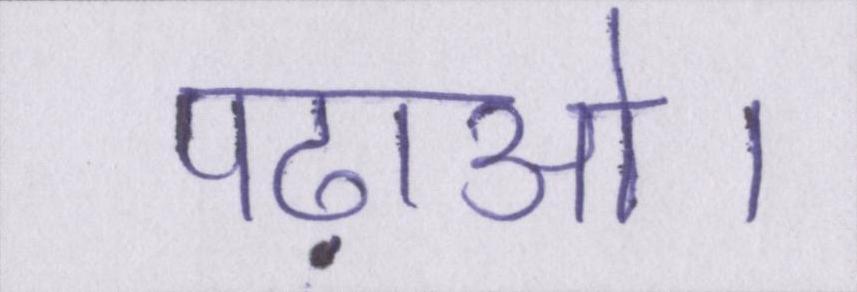
पढ़ाओ।